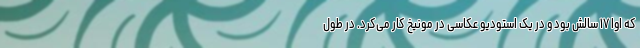
که اوا ۱۷ سالش بود و در یک استودیو عکاسی در مونیخ کار می‌کرد. در طول